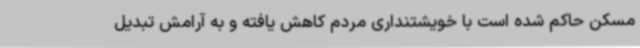
مسکن حاکم شده‌ است با خویشتنداری مردم کاهش یافته و به آرامش تبدیل